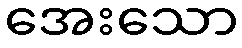
အေးသော